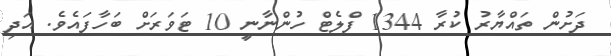
ދަށުން ތައްޔާރު ކުރާ 1344 ފްލެޓް ހުންނާނީ 10 ޓަވަރަށް ބަހާފައެވެ. އަދި